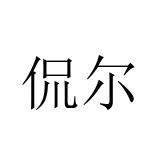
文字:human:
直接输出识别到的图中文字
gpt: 侃尔